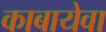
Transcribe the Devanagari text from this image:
काबायेवा